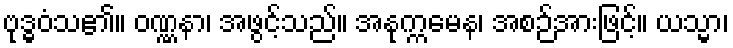
ဗုဒ္ဓဝံသ၏။ ဝဏ္ဏနာ၊ အဖွင့်သည်။ အနုက္ကမေန၊ အစဉ်အားဖြင့်။ ယသ္မာ၊